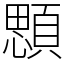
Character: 顋